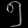
Digit: ၅